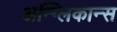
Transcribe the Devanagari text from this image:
अन्ग्लिकान्स